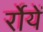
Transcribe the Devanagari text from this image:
र्रोयें